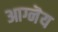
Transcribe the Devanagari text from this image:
आग्नॆय